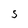
Character: S